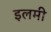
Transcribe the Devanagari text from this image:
इलमी